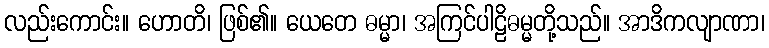
လည်းကောင်း။ ဟောတိ၊ ဖြစ်၏။ ယေတေ ဓမ္မာ၊ အကြင်ပါဠိဓမ္မတို့သည်။ အာဒိကလျာဏာ၊